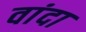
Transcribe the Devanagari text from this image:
वांदा